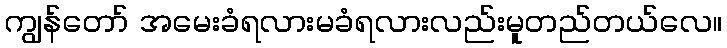
ကျွန်တော် အမေးခံရလားမခံရလားလည်းမူတည်တယ်လေ။